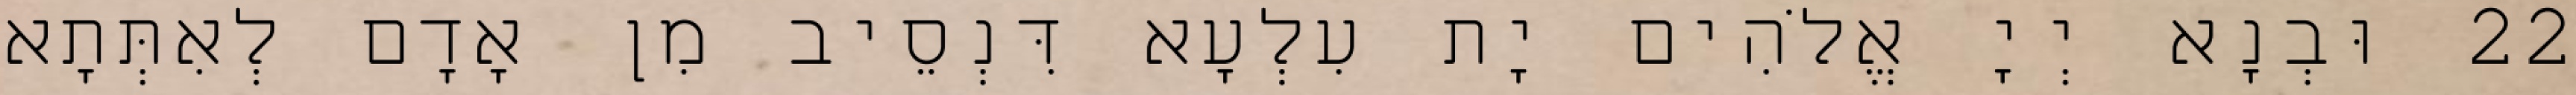
22 וּבְנָא יְיָ אֱלֹהִים יָת עִלְעָא דִּנְסֵיב מִן אָדָם לְאִתְּתָא